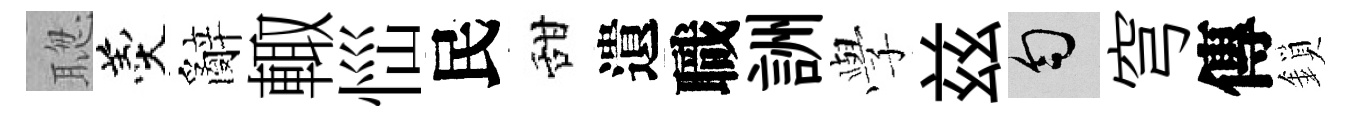
聦羹辭輙𢙉民甜遺職詶𫝯兹匀穹傳鎖